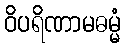
ဝိပရိဏာမဓမ္မံ